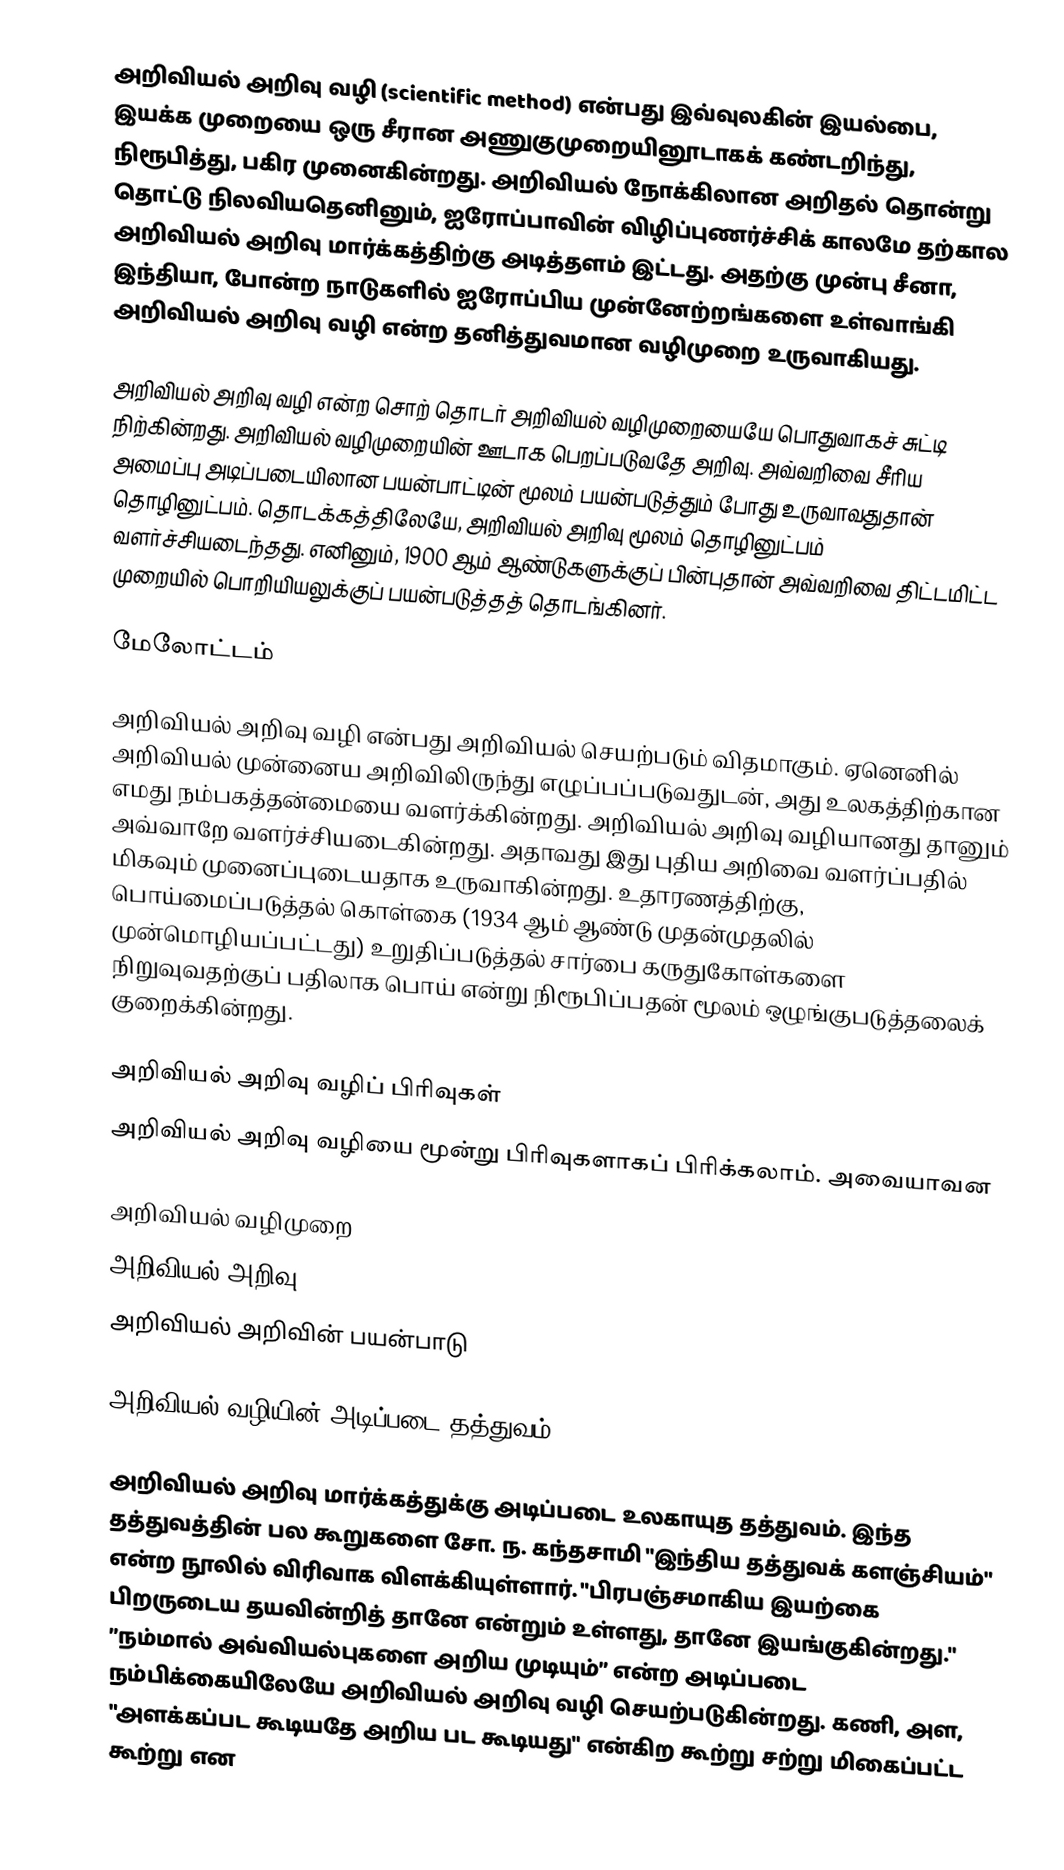
அறிவியல் அறிவு வழி (scientific method) என்பது இவ்வுலகின் இயல்பை, இயக்க முறையை ஒரு சீரான அணுகுமுறையினூடாகக் கண்டறிந்து, நிரூபித்து, பகிர முனைகின்றது. அறிவியல் நோக்கிலான அறிதல் தொன்று தொட்டு நிலவியதெனினும், ஐரோப்பாவின் விழிப்புணர்ச்சிக் காலமே தற்கால அறிவியல் அறிவு மார்க்கத்திற்கு அடித்தளம் இட்டது. அதற்கு முன்பு சீனா, இந்தியா, போன்ற நாடுகளில் ஐரோப்பிய முன்னேற்றங்களை உள்வாங்கி அறிவியல் அறிவு வழி என்ற தனித்துவமான வழிமுறை உருவாகியது.

அறிவியல் அறிவு வழி என்ற சொற் தொடர் அறிவியல் வழிமுறையையே பொதுவாகச் சுட்டி நிற்கின்றது. அறிவியல் வழிமுறையின் ஊடாக பெறப்படுவதே அறிவு. அவ்வறிவை சீரிய அமைப்பு அடிப்படையிலான பயன்பாட்டின் மூலம் பயன்படுத்தும் போது உருவாவதுதான் தொழினுட்பம். தொடக்கத்திலேயே, அறிவியல் அறிவு மூலம் தொழினுட்பம் வளர்ச்சியடைந்தது. எனினும், 1900 ஆம் ஆண்டுகளுக்குப் பின்புதான் அவ்வறிவை திட்டமிட்ட முறையில் பொறியியலுக்குப் பயன்படுத்தத் தொடங்கினர்.

மேலோட்டம்

அறிவியல் அறிவு வழி என்பது அறிவியல் செயற்படும் விதமாகும். ஏனெனில் அறிவியல் முன்னைய அறிவிலிருந்து எழுப்பப்படுவதுடன், அது உலகத்திற்கான எமது நம்பகத்தன்மையை வளர்க்கின்றது. அறிவியல் அறிவு வழியானது தானும் அவ்வாறே வளர்ச்சியடைகின்றது. அதாவது இது புதிய அறிவை வளர்ப்பதில் மிகவும் முனைப்புடையதாக உருவாகின்றது. உதாரணத்திற்கு, பொய்மைப்படுத்தல் கொள்கை (1934 ஆம் ஆண்டு முதன்முதலில் முன்மொழியப்பட்டது) உறுதிப்படுத்தல் சார்பை கருதுகோள்களை நிறுவுவதற்குப் பதிலாக பொய் என்று நிரூபிப்பதன் மூலம் ஒழுங்குபடுத்தலைக் குறைக்கின்றது.

அறிவியல் அறிவு வழிப் பிரிவுகள்
அறிவியல் அறிவு வழியை மூன்று பிரிவுகளாகப் பிரிக்கலாம். அவையாவன

 அறிவியல் வழிமுறை
 அறிவியல் அறிவு
 அறிவியல் அறிவின் பயன்பாடு

அறிவியல் வழியின் அடிப்படை தத்துவம்

அறிவியல் அறிவு மார்க்கத்துக்கு அடிப்படை உலகாயுத தத்துவம். இந்த தத்துவத்தின் பல கூறுகளை சோ. ந. கந்தசாமி "இந்திய தத்துவக் களஞ்சியம்" என்ற நூலில் விரிவாக விளக்கியுள்ளார். "பிரபஞ்சமாகிய இயற்கை பிறருடைய தயவின்றித் தானே என்றும் உள்ளது, தானே இயங்குகின்றது." ”நம்மால் அவ்வியல்புகளை அறிய முடியும்” என்ற அடிப்படை நம்பிக்கையிலேயே அறிவியல் அறிவு வழி செயற்படுகின்றது. கணி, அள, "அளக்கப்பட கூடியதே அறிய பட கூடியது" என்கிற கூற்று சற்று மிகைப்பட்ட கூற்று என